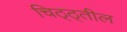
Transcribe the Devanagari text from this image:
चिठ्ठ्तील